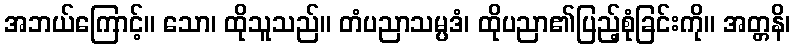
အဘယ်ကြောင့်။ သော၊ ထိုသူသည်။ တံပညာသမ္ပဒံ၊ ထိုပညာ၏ပြည့်စုံခြင်းကို။ အတ္တနိ၊